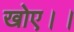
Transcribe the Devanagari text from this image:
खोए।।